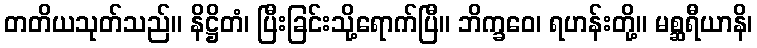
တတိယသုတ်သည်။ နိဋ္ဌိတံ၊ ပြီးခြင်းသို့ရောက်ပြီ။ ဘိက္ခဝေ၊ ရဟန်းတို့။ မစ္ဆရီယာနိ၊